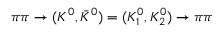
\pi \pi \to ( K ^ { 0 } , \bar { K } ^ { 0 } ) = ( K _ { 1 } ^ { 0 } , K _ { 2 } ^ { 0 } ) \to \pi \pi